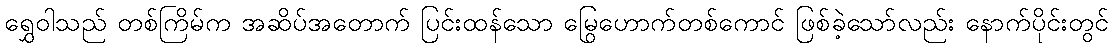
ရွှေဝါသည် တစ်ကြိမ်က အဆိပ်အတောက် ပြင်းထန်သော မြွေဟောက်တစ်ကောင် ဖြစ်ခဲ့သော်လည်း နောက်ပိုင်းတွင်